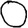
Digit: 0